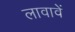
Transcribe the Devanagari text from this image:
लावावें